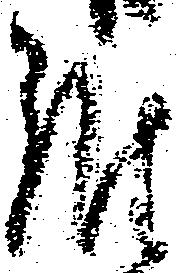
難